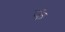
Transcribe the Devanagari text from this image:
फं